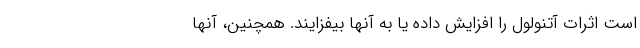
است اثرات آتنولول را افزایش داده یا به آنها بیفزایند. همچنین، آنها